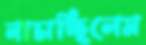
নাচাচ্ছিলেম